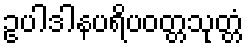
ဥပါဒါနပရိပဝတ္တသုတ္တံ